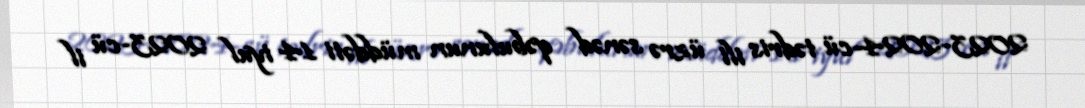
2023-2024-cü tədris ili üzrə sənəd qəbulunun müddəti 14 iyul 2023-cü il